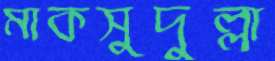
মাকসুদুল্লা